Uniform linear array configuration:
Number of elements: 48
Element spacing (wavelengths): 0.5
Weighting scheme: cosine
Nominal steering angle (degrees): -45
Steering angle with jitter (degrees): -43.574
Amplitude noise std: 0.05
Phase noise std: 0.05

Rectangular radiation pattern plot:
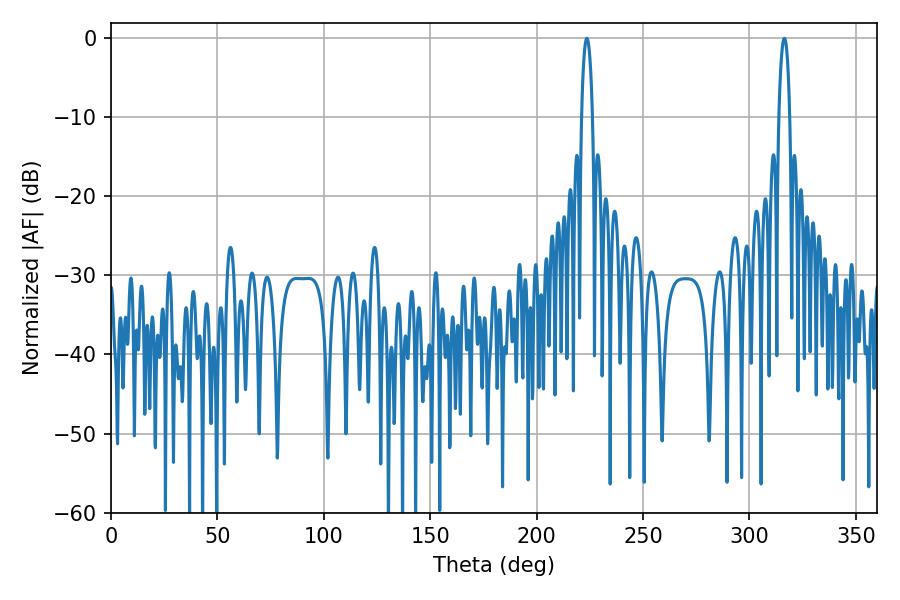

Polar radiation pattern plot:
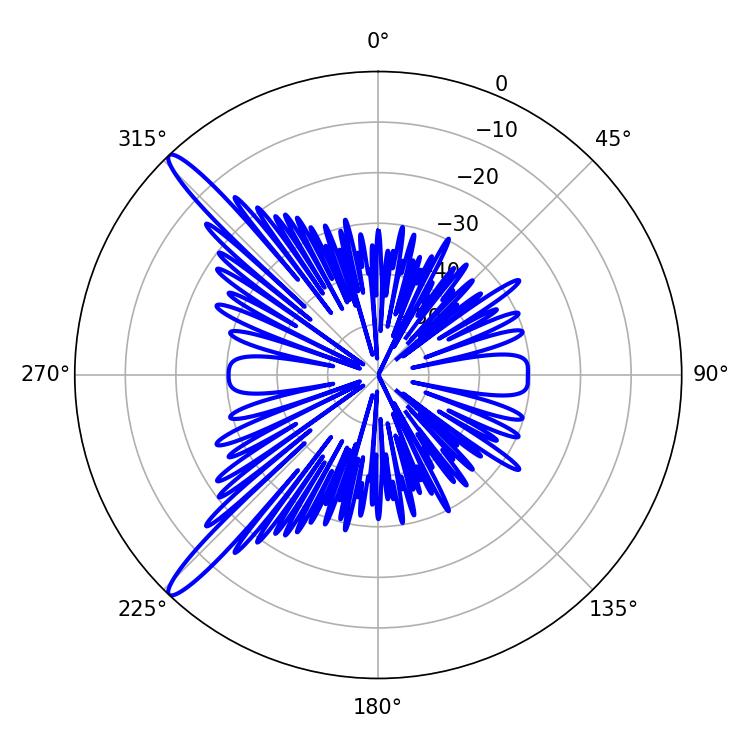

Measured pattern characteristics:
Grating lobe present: FALSE
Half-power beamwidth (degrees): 2.88
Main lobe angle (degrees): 223.56